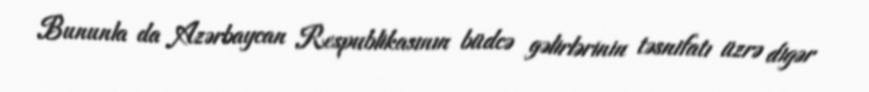
Bununla da Azərbaycan Respublikasının büdcə gəlirlərinin təsnifatı üzrə digər